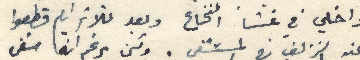
داخلي في غشا النخاع وبعد ثلاثة ايام قطعوا